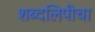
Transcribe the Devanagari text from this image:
शब्दलिपीचा